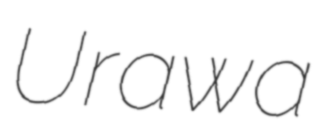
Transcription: Urawa